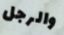
والرجل